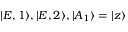
| E , 1 \rangle , | E , 2 \rangle , | A _ { 1 } \rangle = | z \rangle